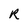
Character: R